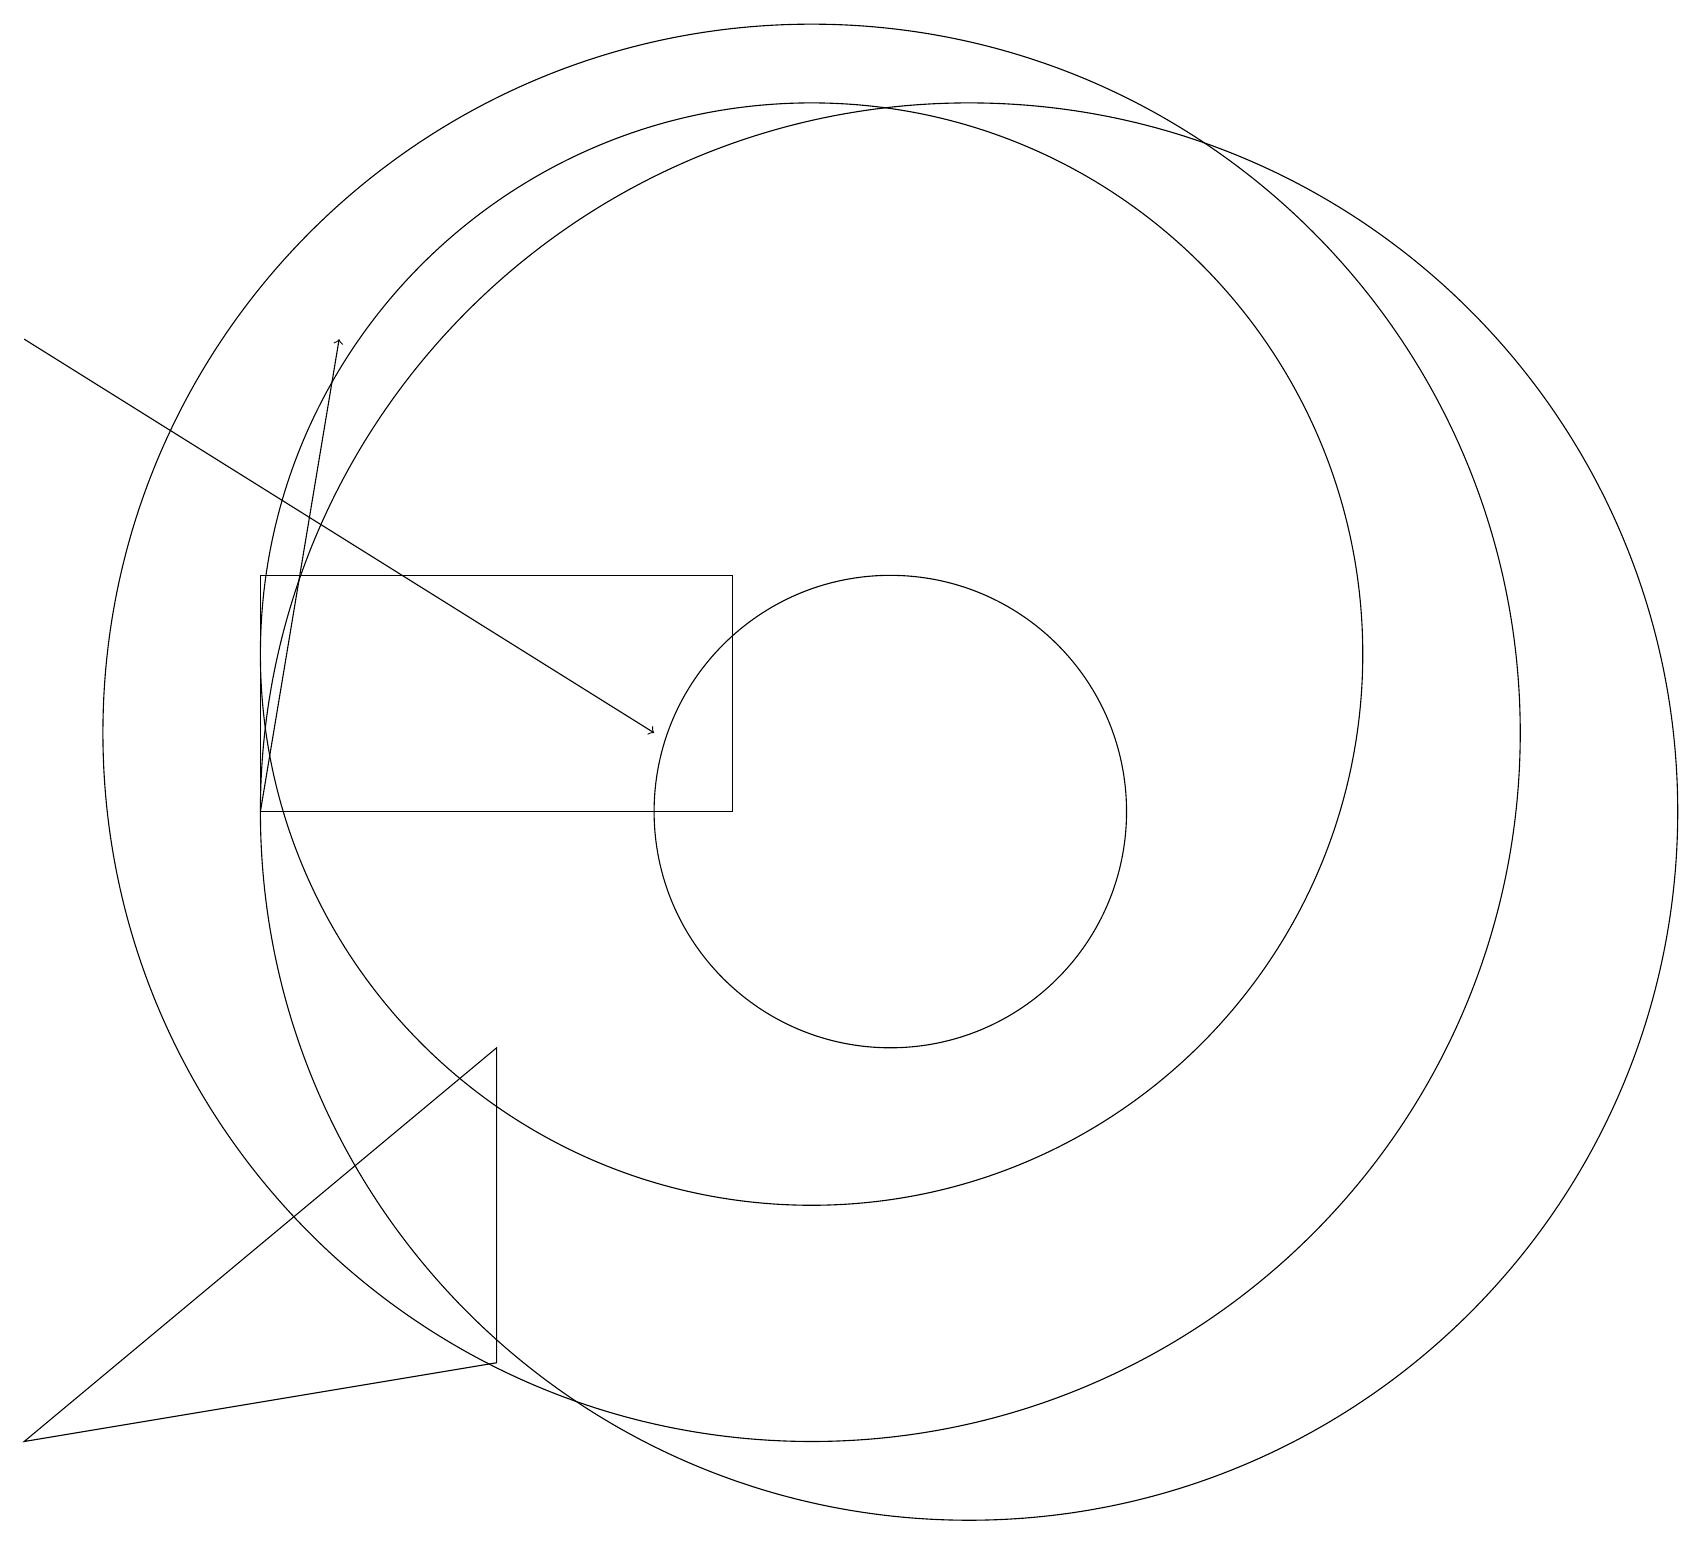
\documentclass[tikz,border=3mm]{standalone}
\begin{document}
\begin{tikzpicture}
\draw[->] (3,10) -- (4,16);
\draw (11,10) circle (3);
\draw (0,2) -- (6,7) -- (6,3) -- cycle;
\draw[->] (0,16) -- (8,11);
\draw (9,10) rectangle (3,13);
\draw (10,11) circle (9);
\draw (12,10) circle (9);
\draw (10,12) circle (7);
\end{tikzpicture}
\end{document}